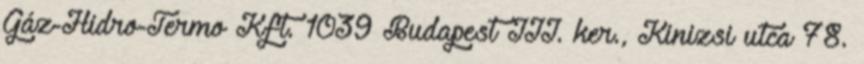
Gáz-Hidro-Termo Kft. 1039 Budapest III. ker., Kinizsi utca 78.